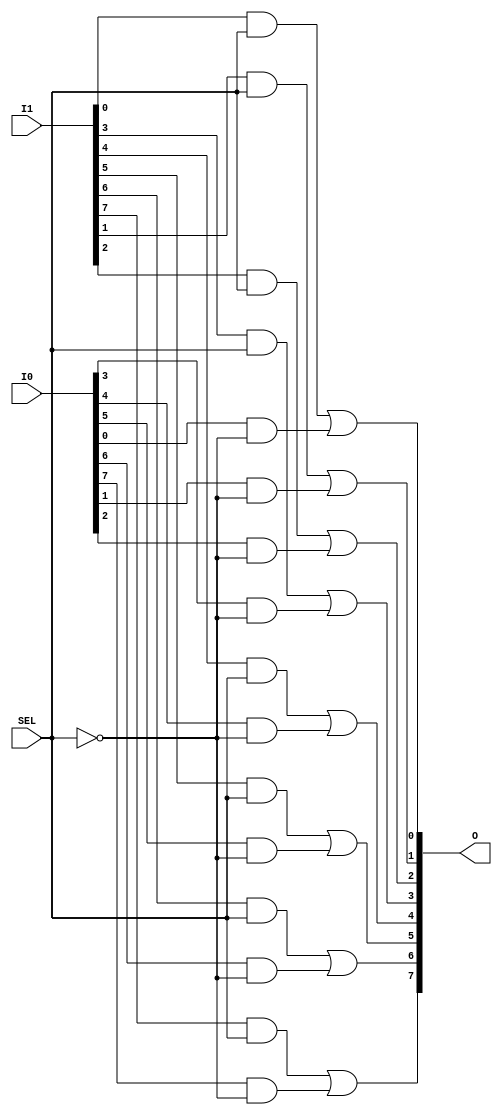


module mux_8_s(I0, I1, SEL, O);
	input [7:0] I0, I1;
	input SEL;
	output [7:0] O;
	
	wire [7:0] w1, w2, not_sel;
	
	genvar i;
	generate
		for(i = 0; i < 8; i = i + 1) begin
			not(not_sel[i], SEL);
			and(w1[i], I1[i], SEL);
			and(w2[i], I0[i], not_sel[i]);
			or(O[i], w1[i], w2[i]);
		end
	endgenerate
endmodule

module mux_8_b(I0, I1, SEL, O);
	input [7:0] I0, I1;
	input SEL;
	output [7:0] O;
	
	assign O = (SEL) ? I1 : I0;
	
endmodule

module mux_p_s(I0, I1, SEL, O);
	parameter WIDTH = 8;
	
	input [WIDTH-1:0] I0, I1;
	input SEL;
	output [WIDTH-1:0] O;
	
	wire [WIDTH-1:0] w1, w2, not_sel;
	
	genvar i;
	generate
		for(i = 0; i < WIDTH; i = i + 1) begin
			not(not_sel[i], SEL);
			and(w1[i], I1[i], SEL);
			and(w2[i], I0[i], not_sel[i]);
			or(O[i], w1[i], w2[i]);
		end
	endgenerate
	
endmodule

module mux_p_b(I0, I1, SEL, O);
	parameter WIDTH = 8;

	input [WIDTH-1:0] I0, I1;
	input SEL;
	output [WIDTH-1:0] O;
	
	assign O = (SEL) ? I1 : I0;
	
endmodule